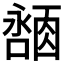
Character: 𪢓